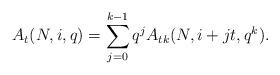
LaTeX: \begin{align*}A_t (N, i, q ) = \sum_{j=0}^{k-1} q^{j} A_{tk} (N, i+jt, q^k).\end{align*}